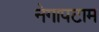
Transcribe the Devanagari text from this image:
नेगापटाम